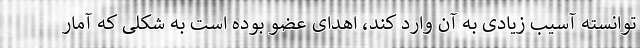
توانسته آسیب زیادی به آن وارد کند، اهدای عضو بوده است به شکلی که آمار